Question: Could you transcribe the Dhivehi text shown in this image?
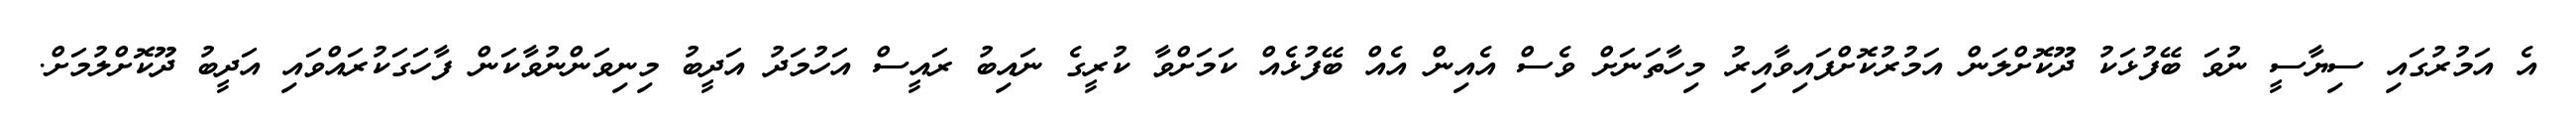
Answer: އެ އަމުރުގައި ސިޔާސީ ނުވަ ބޭފުޅަކު ދޫކޮށްލަން އަމުރުކޮށްފައިވާއިރު މިހާތަނަށް ވެސް އެއިން އެއް ބޭފުޅެއް ކަމަށްވާ ކުރީގެ ނައިބު ރައީސް އަހުމަދު އަދީބު މިނިވަންނުވާކަން ފާހަގަކުރައްވައި އަދީބު ދޫކޮށްލުމަށް.